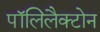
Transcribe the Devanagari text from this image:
पॉलिलैक्टोन